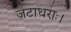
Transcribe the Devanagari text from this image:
जटाधराः।